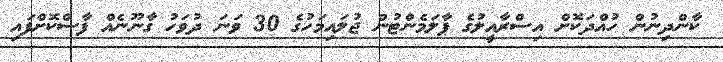
ކާންދިނުން ހުއްދަކޮށް އިސްރާއީލުގެ ޕާލަމެންޓުން ޖުލައިމަހުގެ 30 ވަނަ ދުވަހު ގާނޫނެއް ފާސްކޮށްފައި